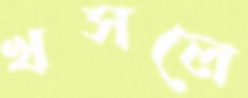
খসলে